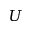
U